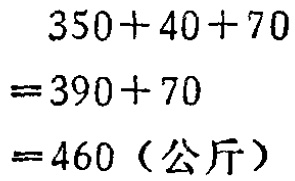
\[

\begin{align*}

&350 + 40+70\\

=&390 + 70\\

=&460（\text{公斤}）

\end{align*}

\]